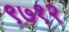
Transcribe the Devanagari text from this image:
९७१२